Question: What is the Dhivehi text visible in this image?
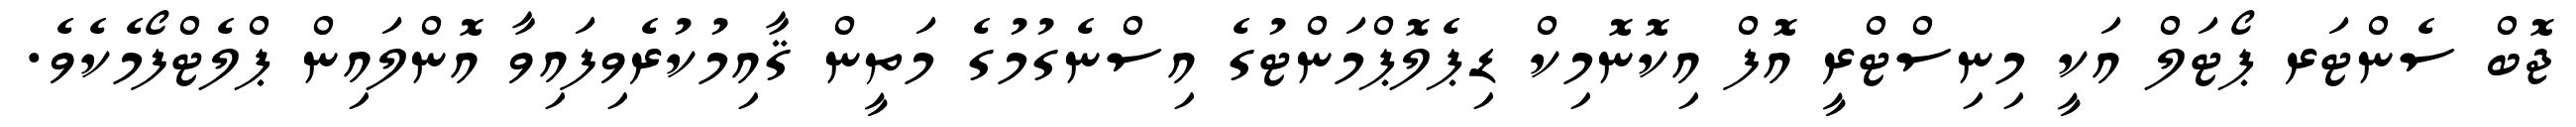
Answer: ޖޮބް ސެންޓަރ ޕޯޓަލް އަކީ މިނިސްޓްރީ އޮފް އިކޮނޮމިކް ޑިޕެލޮޕްމަންޓުގެ އިސްނެގުމުގެ މަތީން ޤާއިމުކުރެވިފައިވާ އޮންލައިން ޕްލެޓްފޯމެކެވެ.